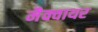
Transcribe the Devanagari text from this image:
मैक्वायर